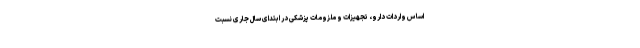
اساس واردات دارو، تجهیزات و ملزومات پزشکی در ابتدای سال جاری نسبت